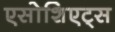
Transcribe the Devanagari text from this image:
एसोशिएट्स